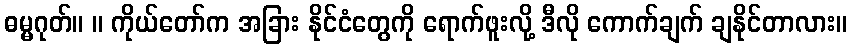
ဓမ္မဂုတ်။ ။ ကိုယ်တော်က အခြား နိုင်ငံတွေကို ရောက်ဖူးလို့ ဒီလို ကောက်ချက် ချနိုင်တာလား။